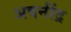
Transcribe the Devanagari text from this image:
अवनींद्र